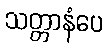
သတ္တာနံပေ